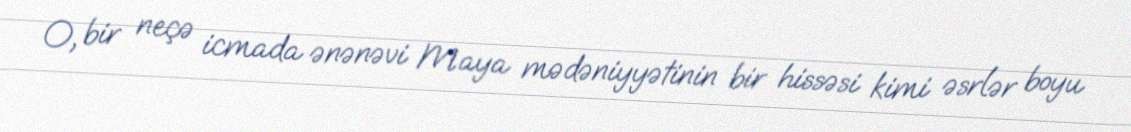
O, bir neçə icmada ənənəvi Maya mədəniyyətinin bir hissəsi kimi əsrlər boyu